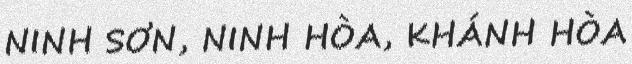
NINH SƠN, NINH HÒA, KHÁNH HÒA